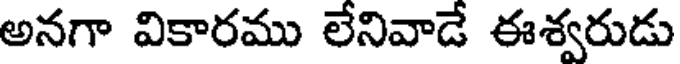
అనగా వికారము లేనివాడే ఈశ్వరుడు